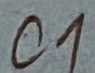
Text: C1